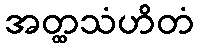
အတ္ထသံဟိတံ